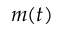
m ( t )